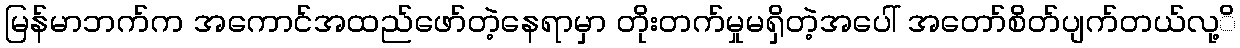
မြန်မာဘက်က အကောင်အထည်ဖော်တဲ့နေရာမှာ တိုးတက်မှုမရှိတဲ့အပေါ် အတော်စိတ်ပျက်တယ်လု့ိ